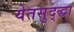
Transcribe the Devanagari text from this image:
येतसुद्द्धा